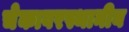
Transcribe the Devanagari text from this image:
चेकावरस्थानीय